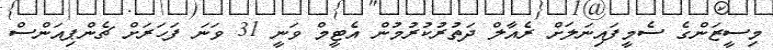
މިސީޒަންގެ ސެމީފައިނަލަށް ރެއާލް ދަތުރުކުރުމުން އެޓީމް ވަނީ 31 ވަނަ ފަހަރަށް ޗެންޕިއަންސް